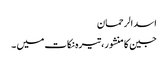
اسد الرحمان
جین کا منشور، تیرہ نکات میں ۔